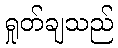
ရှုတ်ချသည်